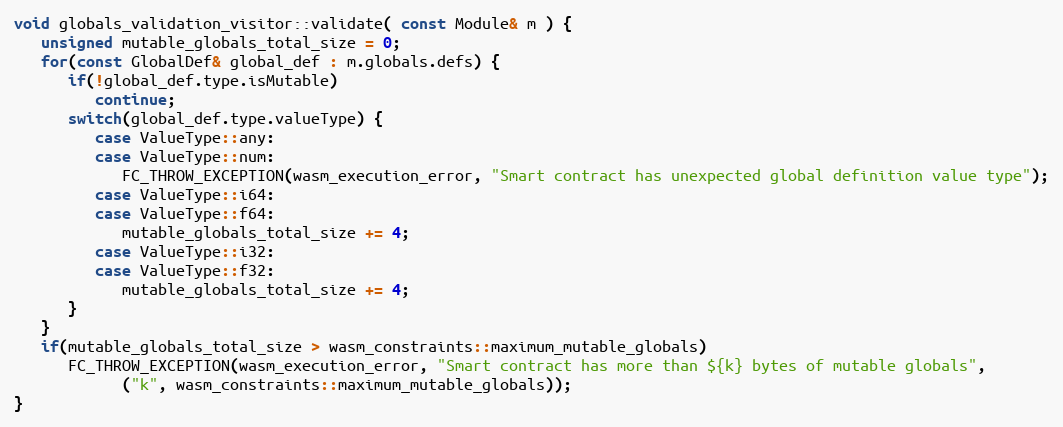
Language: C++
void globals_validation_visitor::validate( const Module& m ) {
   unsigned mutable_globals_total_size = 0;
   for(const GlobalDef& global_def : m.globals.defs) {
      if(!global_def.type.isMutable)
         continue;
      switch(global_def.type.valueType) {
         case ValueType::any:
         case ValueType::num:
            FC_THROW_EXCEPTION(wasm_execution_error, "Smart contract has unexpected global definition value type");
         case ValueType::i64:
         case ValueType::f64:
            mutable_globals_total_size += 4;
         case ValueType::i32:
         case ValueType::f32:
            mutable_globals_total_size += 4;
      }
   }
   if(mutable_globals_total_size > wasm_constraints::maximum_mutable_globals)
      FC_THROW_EXCEPTION(wasm_execution_error, "Smart contract has more than ${k} bytes of mutable globals",
            ("k", wasm_constraints::maximum_mutable_globals));
}